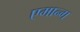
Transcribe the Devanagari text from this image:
एमान्ग